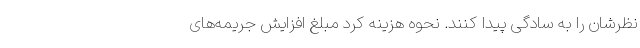
نظرشان را به سادگی پیدا کنند. نحوه هزینه کرد مبلغ افزایش جریمه‌های